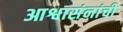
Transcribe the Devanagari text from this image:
आश्वासंनांची